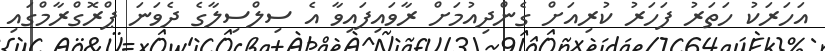
އަހަރަކު ހަތަރު ފަހަރު ކުރިއަށް ގެންދިއުމަށް ރާވައިފައިވާ އެ ސިލްސިލާގެ ދެވަނަ ޕްރޮގްރާމްގައި